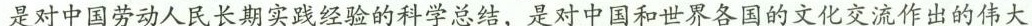
是对中国劳动人民长期实践经验的科学总结，是对中国和世界各国的文化交流作出的伟大